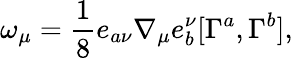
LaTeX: \omega_{\mu}=\frac{1}{8}e_{a\nu}\nabla_{\mu}e_{b}^{\nu}[\Gamma^{a},\Gamma^{b}],